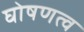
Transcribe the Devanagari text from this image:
घोषणत्व